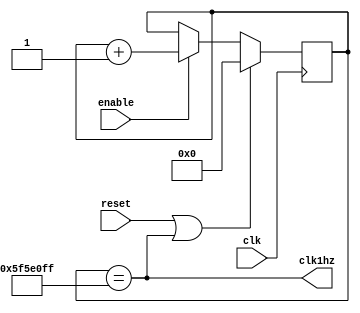
module onehz( input clk, reset, enable, output clk1hz);
reg[26:0] counter;
// To generate a signal with a frequency of 1hz from 100Mhz, the counter 
// should count 100 000 000 clock cycles.
assign clk1hz = (counter == 99999999);
always@(posedge clk)
if (reset || clk1hz )
	counter <= 0;
else if (enable)
	counter <= counter + 1;
endmodule